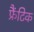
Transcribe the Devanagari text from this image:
फ्रैंटिक